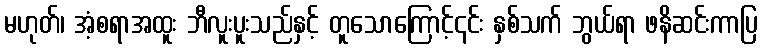
မဟုတ်၊ အံ့စရာအထူး ဘီလူးပူးသည်နှင့် တူသောကြောင့်၎င်း နှစ်သက် ဘွယ်ရာ ဖနိဆင်းကာပြ